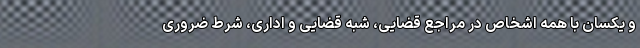
و یکسان با همه اشخاص در مراجع قضایی، شبه قضایی و اداری، شرط ضروری